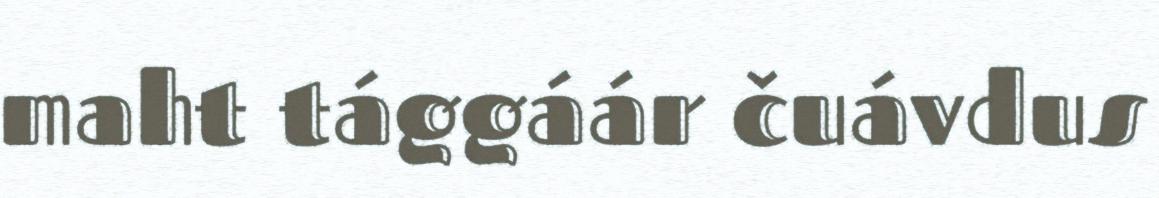
maht tággáár čuávdus